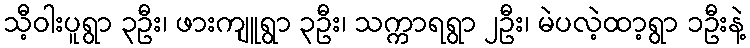
သီ့ဝါးပူရွာ ၃ဦး၊ ဖားကျူရွာ ၃ဦး၊ သက္ကာရရွာ ၂ဦး၊ မဲပလဲ့ထာ့ရွာ ၁ဦးနဲ့